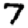
Digit: 7